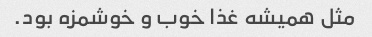
مثل همیشه غذا خوب و خوشمزه بود.